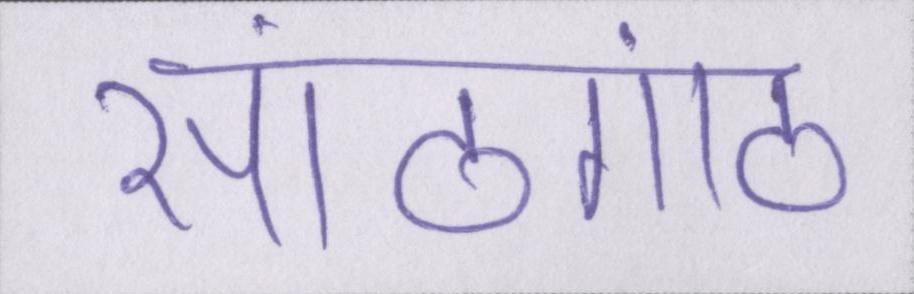
सांठगांठ